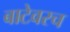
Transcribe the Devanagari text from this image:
बाटेवरच